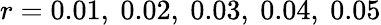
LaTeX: r=0.01,\ 0.02,\ 0.03,\ 0.04,\ 0.05